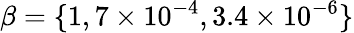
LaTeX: \beta=\{ 1,7\times 10^{-4},3.4\times 10^{-6}\}